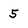
Character: 5